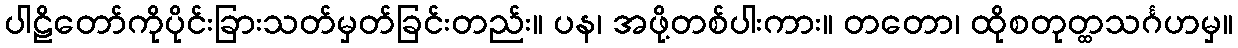
ပါဠိတော်ကိုပိုင်းခြားသတ်မှတ်ခြင်းတည်း။ ပန၊ အဖို့တစ်ပါးကား။ တတော၊ ထိုစတုတ္ထသင်္ဂဟမှ။